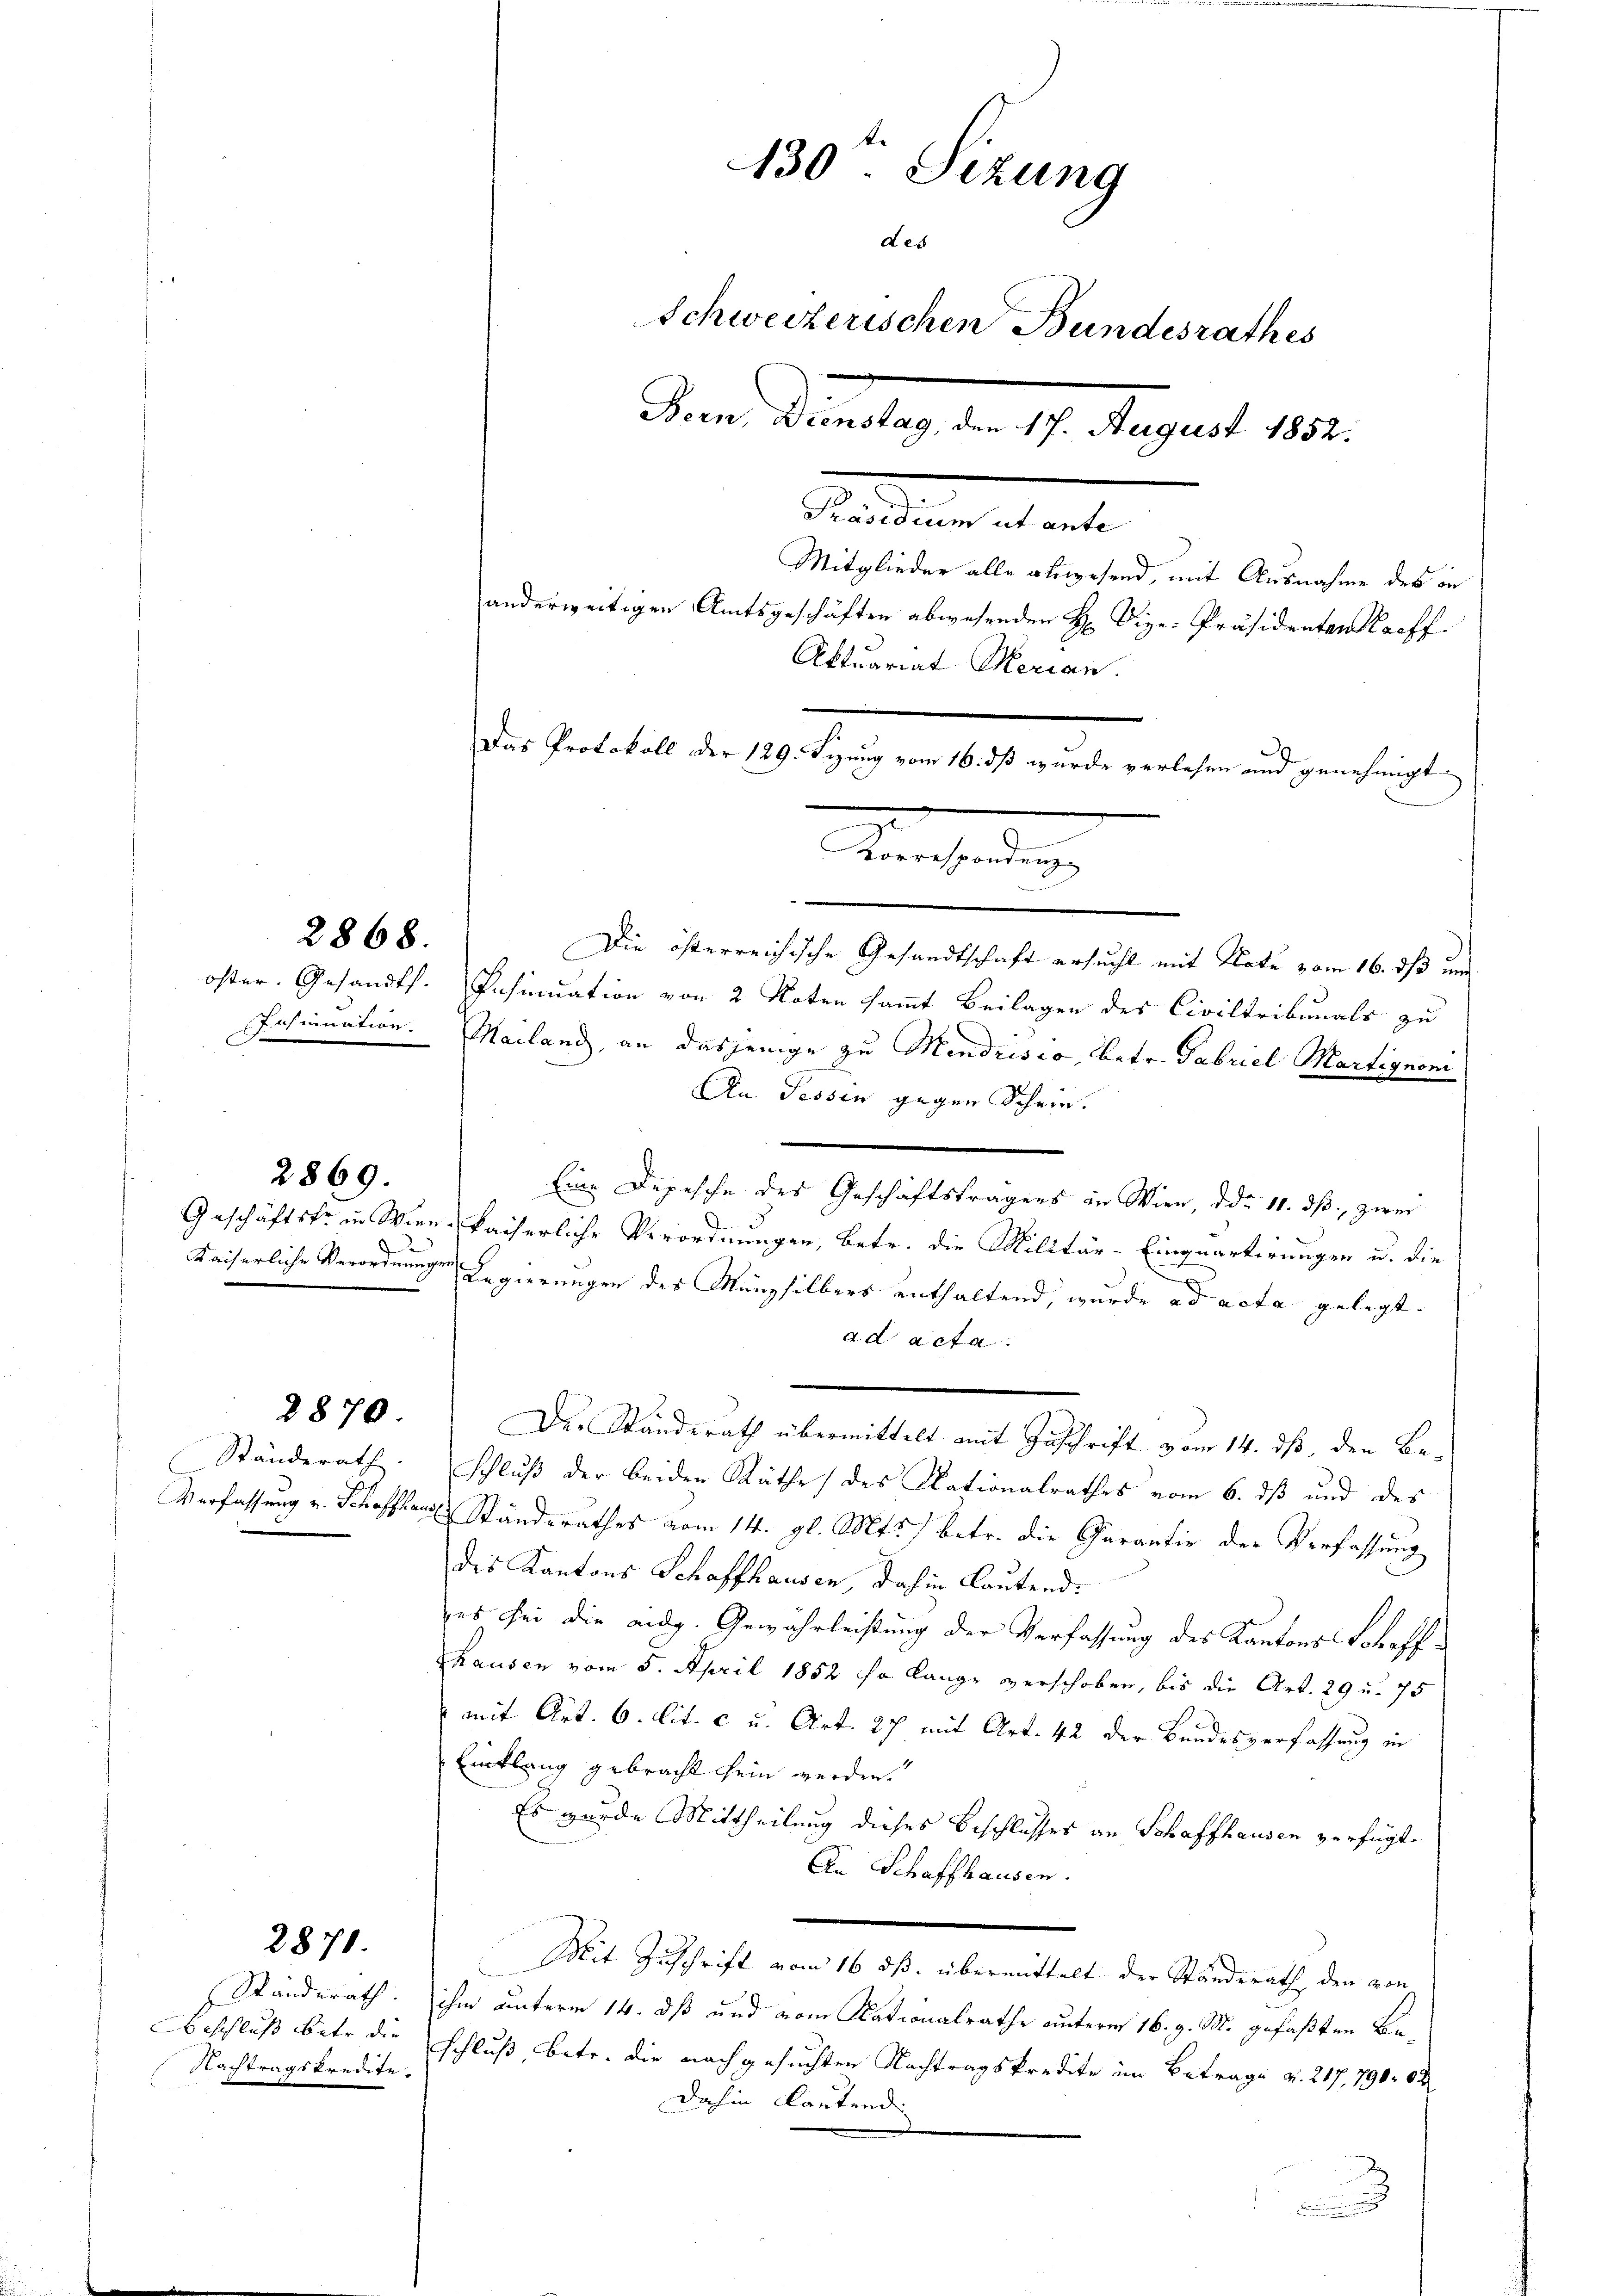
2869.

2870.

Randerath
Beschluß betr. die
Nachtragskredite.

2871.

2868.

.

Ständerath
c

Die österreichische Gesandtschaft ersucht mit Note vom 16. ds um
öster. Gesandts. Insinuation von 2 Noten sammt Beilagen des Civiltribunals zu
Insinuation. Mailand, an dasjenige zu Mendrisco, betr. Gabriel Martignom
An Tessin gegen Schein.
Eine Depesche des Geschäftsträgers in Wien, ddo 11. dβ, zwei
Geschäftskr in Wien, kaiserliche Verordnungen, betr. die Militär-Einquartirungen u. die
.
Kaiserliche Verordnungen Regierungen des Münzsilbers enthaltend, wurde ad acta gelegt.
ad acta.
Der Standerath übermittelt mit Zuschrift vom 14. ds, den Be¬
Schluß der beiden Räthe des Nationalrathes vom 6. ds und des
Verfassung u. Schafften Ständerathes vom 14. gl. Mts. betr. die Garantir der Verfassung
des Kantons Schaffhausen, dahin Lautend.
es sei die aug. Gewährleistung der Verfassung des Kantons Schaffhausen vom 5. April 1852 so lange verschoben, bis die Art. 29 u. 75
 mit Art. 6. lit. c u. Art. 27 mit Art. 42 der Bundesverfassung in
Einklang gebracht sein werden.
Es wurde Mittheilung dieses Beschlusses an Schaffhausen verfügt.
An Schaffhausen.
Mit Zuschrift vom 16. ds. übermittelt der Standerath den von
ihm unterm 14. dß und vom Rationalrathe unterm 16. d. M. gefaßten Beschluß, betr. die nachgesuchten Nachtragskredite im Betrage v. 217, 790. 62
dahin lautend
u

30ten Sizung
des
Schweizerischen Bundesrathes
Bern, Dienstag, den 17. August 1852.
edlen altende
Mitglieder alle abwesend, mit Ausnahme des in
anderweitigen Amtsgeschäften abwesenden H. Vize-Präsidenten Streff
Aktuariat Merian.
Das Protokoll der 129. Sizung vom 16. dß wurde verlesen und genehmigt.
.
Korrespondenz